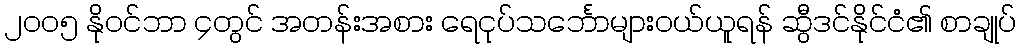
၂၀၀၅ နိုဝင်ဘာ ၄တွင် အတန်းအစား ရေငုပ်သင်္ဘောများဝယ်ယူရန် ဆွီဒင်နိုင်ငံ၏ စာချုပ်